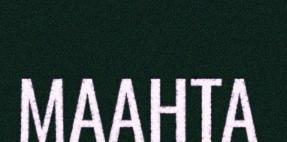
MAAHTA